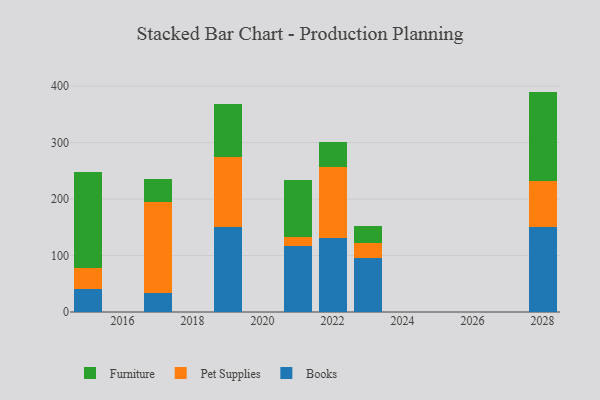
{"axis": {"x": "Year", "y": "Inventory Turnover"}, "legend": ["Books", "Furniture", "Pet Supplies"], "data": [{"x": "2017", "y": 34.5, "type": "Books"}, {"x": "2017", "y": 159.5, "type": "Pet Supplies"}, {"x": "2017", "y": 40.7, "type": "Furniture"}, {"x": "2022", "y": 131.6, "type": "Books"}, {"x": "2022", "y": 124.6, "type": "Pet Supplies"}, {"x": "2022", "y": 44.6, "type": "Furniture"}, {"x": "2023", "y": 96.4, "type": "Books"}, {"x": "2023", "y": 25.0, "type": "Pet Supplies"}, {"x": "2023", "y": 30.3, "type": "Furniture"}, {"x": "2021", "y": 117.4, "type": "Books"}, {"x": "2021", "y": 15.2, "type": "Pet Supplies"}, {"x": "2021", "y": 101.2, "type": "Furniture"}, {"x": "2028", "y": 151.2, "type": "Books"}, {"x": "2028", "y": 79.9, "type": "Pet Supplies"}, {"x": "2028", "y": 159.0, "type": "Furniture"}, {"x": "2019", "y": 151.2, "type": "Books"}, {"x": "2019", "y": 122.4, "type": "Pet Supplies"}, {"x": "2019", "y": 95.1, "type": "Furniture"}, {"x": "2015", "y": 40.9, "type": "Books"}, {"x": "2015", "y": 36.3, "type": "Pet Supplies"}, {"x": "2015", "y": 171.0, "type": "Furniture"}]}